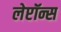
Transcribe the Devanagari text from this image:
लेप्टॉन्स